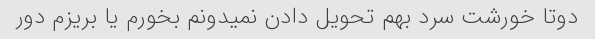
دوتا خورشت سرد بهم تحویل دادن نمیدونم بخورم یا بریزم دور